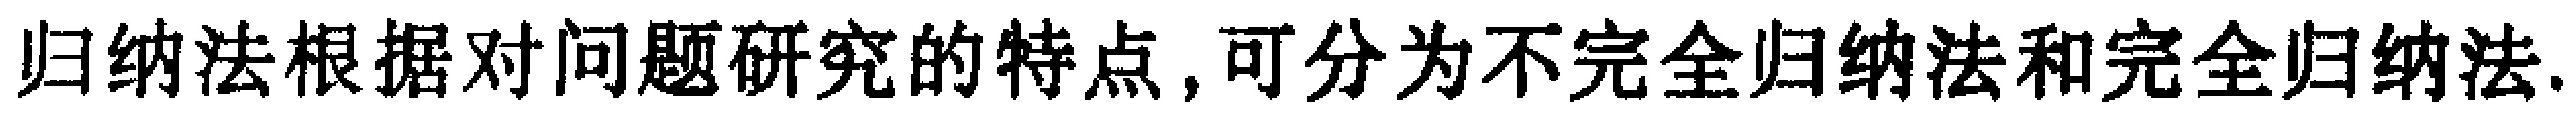
归纳法根据对问题研究的特点, 可分为不完全归纳法和完全归纳法.